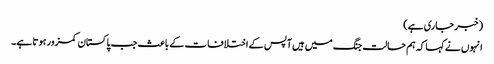
(خبر جاری ہے)
انہوں نے کہا کہ ہم حالت جنگ میں ہیں آپس کے اختلافات کے باعث جب پاکستان کمزور ہوتا ہے۔